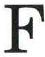
F